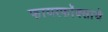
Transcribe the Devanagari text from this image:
फायरफॉक्साचे